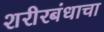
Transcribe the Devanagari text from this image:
शरीरबंधाचा